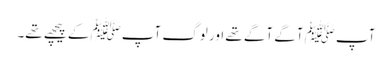
آپﷺ آگے آگے تھے اور لوگ آپﷺ کے پیچھے تھے۔